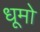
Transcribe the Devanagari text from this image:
धूमो